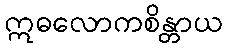
ဣဓလောကစိန္တာယ